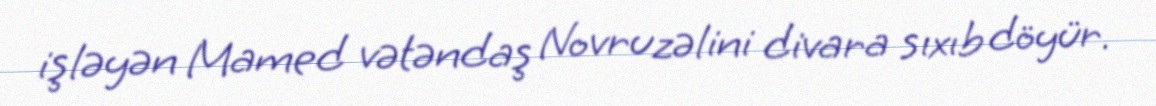
işləyən Mamed vətəndaş Novruzəlini divara sıxıb döyür.